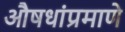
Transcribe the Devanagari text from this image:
औषधांप्रमाणे